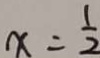
x = \frac { 1 } { 2 }